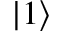
| 1 \rangle